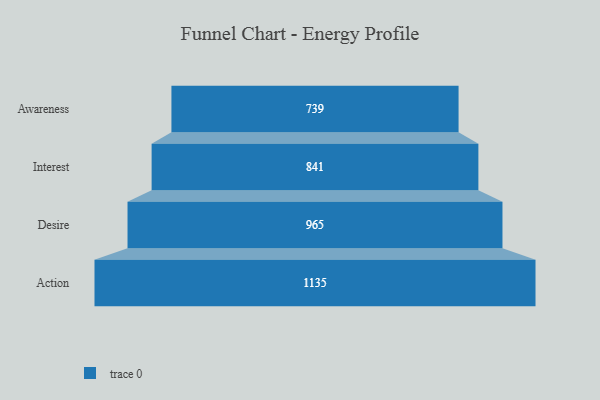
{"axis": {"x": "Stage", "y": "Value"}, "legend": [""], "data": [{"x": "Awareness", "y": 739.0, "type": ""}, {"x": "Interest", "y": 841.0, "type": ""}, {"x": "Desire", "y": 965.0, "type": ""}, {"x": "Action", "y": 1135.0, "type": ""}]}